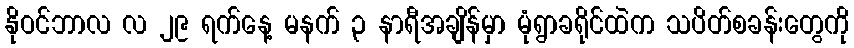
နိုဝင်ဘာလ လ ၂၉ ရက်နေ့ မနက် ၃ နာရီအချိန်မှာ မုံရွာခရိုင်ထဲက သပိတ်စခန်းတွေကို